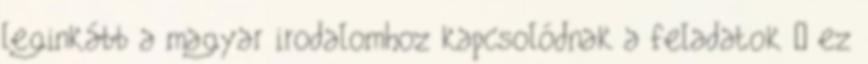
leginkább a magyar irodalomhoz kapcsolódnak a feladatok – ez